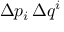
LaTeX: \Delta p _ { i } \, \Delta q ^ { i }